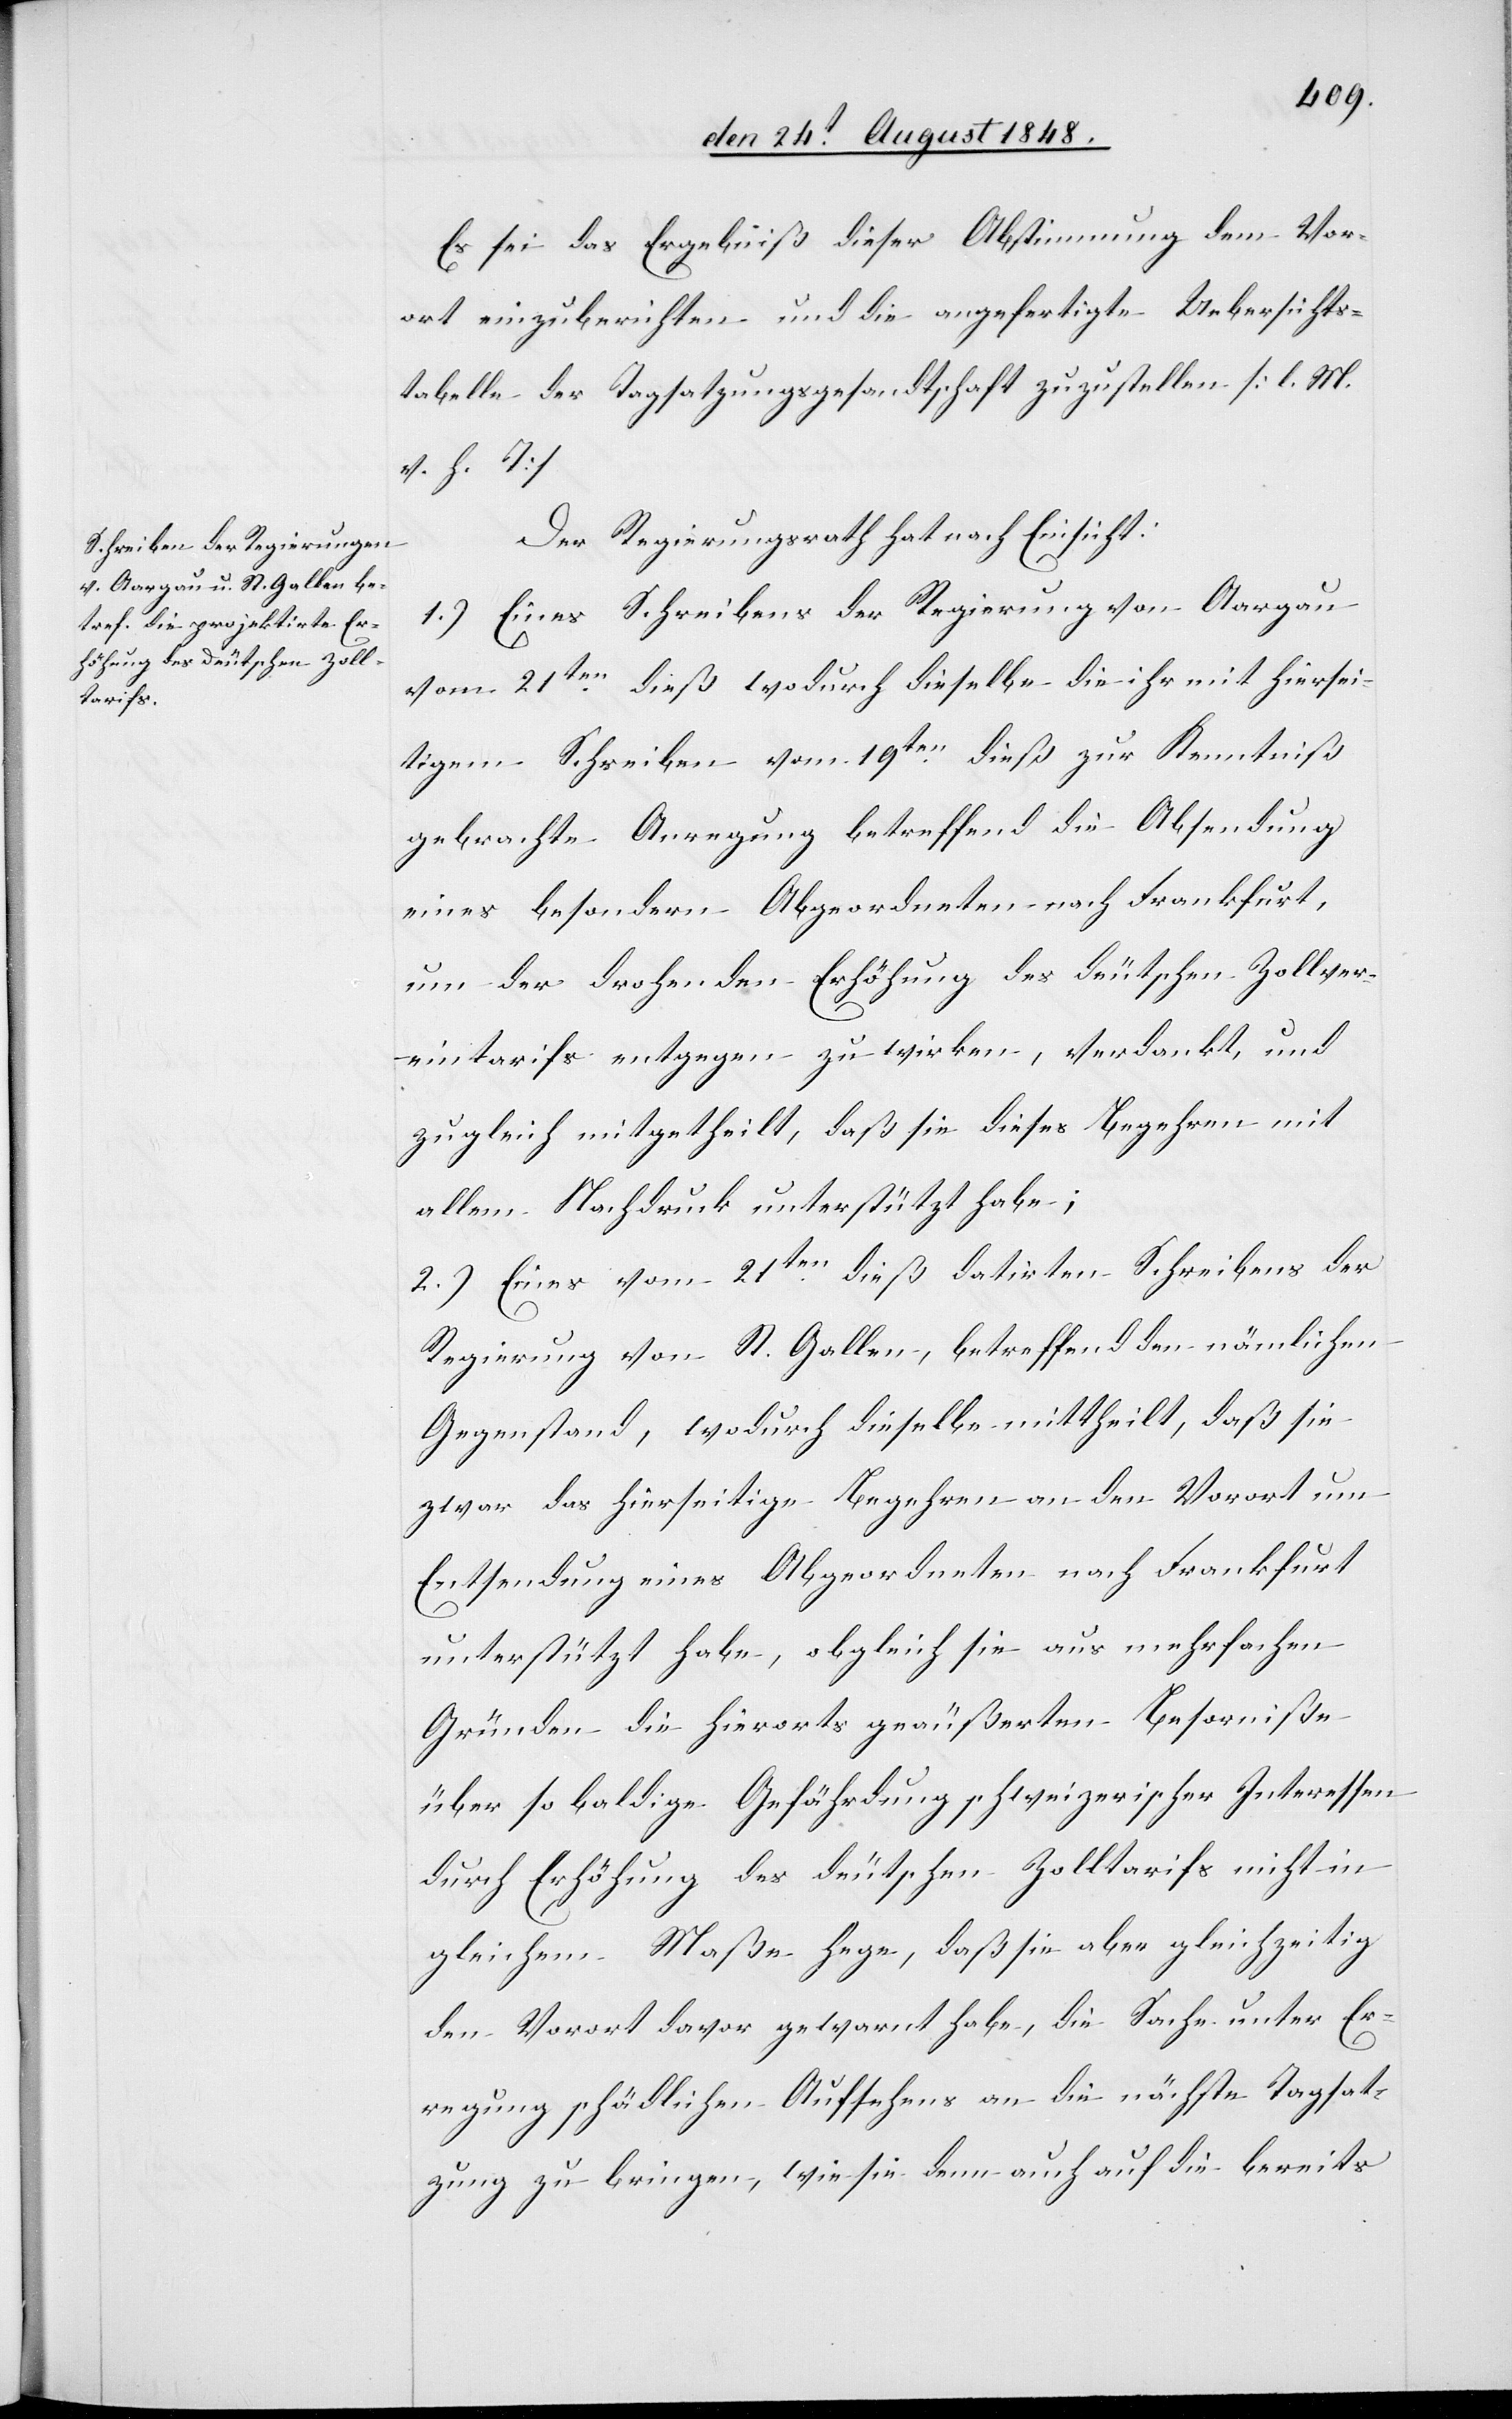
Es sei das Ergebniß dieser Abstimmung dem Vor¬
ort einzuberichten und die angefertigte Uebersichts¬
tabelle der Tagsatzungsgesandtschaft zuzustellen. [l. M.
v. h. T]
Der Regierungsrath hat nach Einsicht:
1.) Eines Schreibens der Regierung von Aargau
vom 21ten dieß wodurch dieselbe die ihr mit hiersei¬
tigem Schreiben vom 19ten dieß zur Kenntniß
gebrachte Anregung betreffend die Absendung
eines besondern Abgeordneten nach Frankfurt,
um der drohenden Erhöhung des deutschen Zollver¬
eintarifs entgegen zu wirken, verdankt, und
zugleich mitgetheilt, daß sie dieses Begehren mit
allem Nachdruck unterstützt habe;
2.) Eines vom 21ten dieß datirten Schreibens der
Regierung von St. Gallen, betreffend den nämlichen
Gegenstand, wodurch dieselbe mittheilt, daß sie
zwar das hierseitige Begehren an den Vorort um
Entsendung eines Abgeordneten nach Frankfurt
unterstützt habe, obgleich sie aus mehrfachen
Gründen die hierorts geäußerten Besorgniße
über so baldige Gefährdung schweizerischer Interessen
durch Erhöhung des deutschen Zolltarifs nicht in
gleichem Maße hege, daß sie aber gleichzeitig
den Vorort davor gewarnt habe, die Sache unter Er¬
regung schädlichen Aufsehens an die nächste Tagsat¬
zung zu bringen, wie sie denn auch auf die bereits